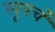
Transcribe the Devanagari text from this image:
खूपचं